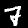
Digit: 7